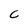
Character: C